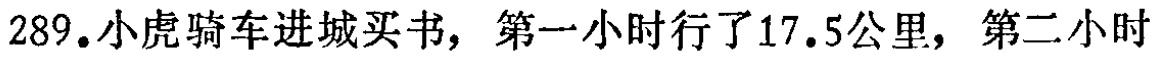
289.小虎骑车进城买书，第一小时行了17.5公里，第二小时